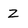
Character: z